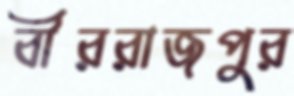
বীররাজপুর